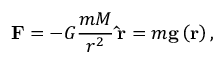
\mathbf { F } = - G { \frac { m M } { { r } ^ { 2 } } } \, \mathbf { \hat { r } } = m \mathbf { g } \left( \mathbf { r } \right) ,